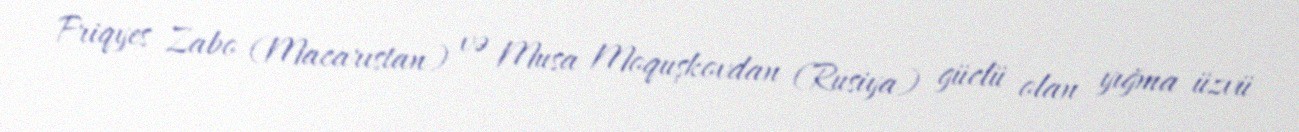
Friqyes Zabo (Macarıstan) və Musa Moquşkovdan (Rusiya) güclü olan yığma üzvü